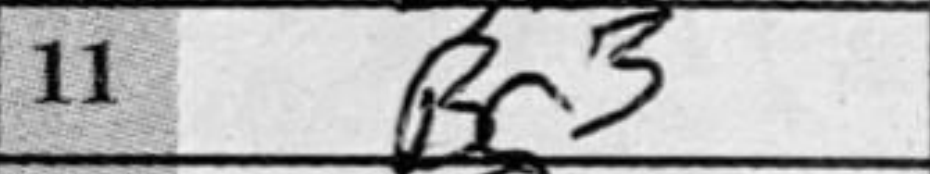
Transcription: Bg3